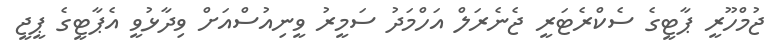
ޖުމްހޫރީ ޕާޓީގެ ސެކްރެޓަރީ ޖެނެރަލް އަހްމަދު ސަމީރު ވީނިއުސްއަށް ވިދާޅުވީ އެޕާޓީގެ ޕީޖީ